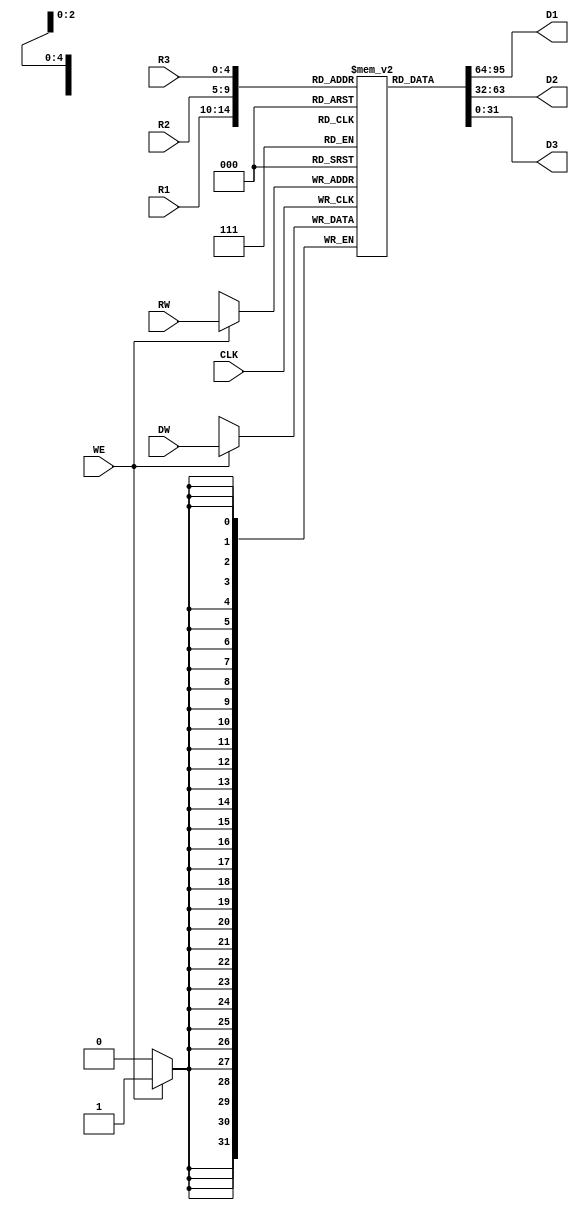
module DFFRF_32x32_3R1W (
`ifdef USE_POWER_PINS
    inout VPWR,
    inout VGND,
`endif
    input            CLK,
    input  [4:0]     R1, R2, R3, RW,
    output [31:0]    D1, D2, D3,
    input            WE,
    input  [31:0]    DW
);

    reg [31:0] ra[0:31];

    assign D1 = ra[R1];
    assign D2 = ra[R2];
    assign D3 = ra[R3];

    always @(posedge CLK) begin
      if (WE)
         ra[RW] <= DW;
    end

endmodule